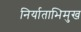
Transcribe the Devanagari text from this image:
निर्याताभिमुख